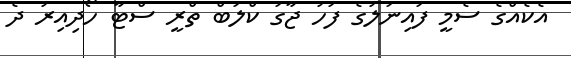
އެކެއްގެ ސެމީ ފައިނަލުގެ ފަހު ޖާގަ ކްލަބް ތްރީ ސްޓާ ހޯދިއިރު ދެ